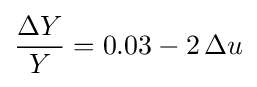
{\frac {\Delta Y}{Y}}=0.03-2\,\Delta u